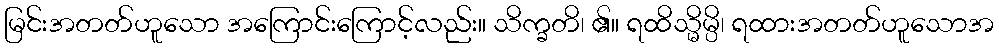
မြင်းအတတ်ဟူသော အကြောင်းကြောင့်လည်း။ သိက္ခတိ၊ ၏။ ရထိသ္မိမ္ပိ၊ ရထားအတတ်ဟူသောအ